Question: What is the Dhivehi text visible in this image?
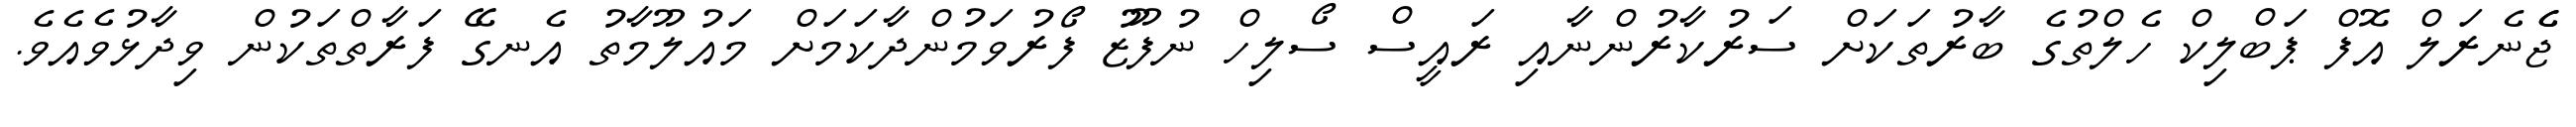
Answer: ޖެެނެރަލް އޮފް ޕަބްލިކް ހެލްތުގެ ބާރުތަކަށް ސަރުކާރުންނާއި ރައީސް ސޯލިހް ނުފޫޒު ފޯރުވަމުންދާކަމަށް މައުލޫމާތު އެނގޭ ފަރާތްތަކުން ވިދާޅުވެއެވެ.